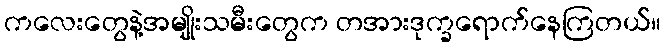
ကလေးတွေနဲ့အမျိုးသမီးတွေက တအားဒုက္ခရောက်နေကြတယ်။